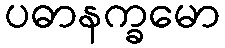
ပဓာနက္ခမော